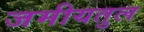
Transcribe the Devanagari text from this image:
जमीयतुल